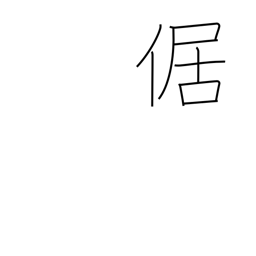
Meaning: squatting with legs outstretched